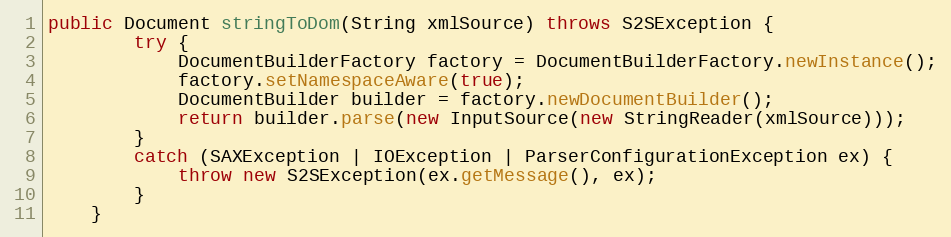
Language: Java
public Document stringToDom(String xmlSource) throws S2SException {
        try {
            DocumentBuilderFactory factory = DocumentBuilderFactory.newInstance();
            factory.setNamespaceAware(true);
            DocumentBuilder builder = factory.newDocumentBuilder();
            return builder.parse(new InputSource(new StringReader(xmlSource)));
        }
        catch (SAXException | IOException | ParserConfigurationException ex) {
            throw new S2SException(ex.getMessage(), ex);
        }
    }